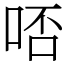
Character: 𠳝